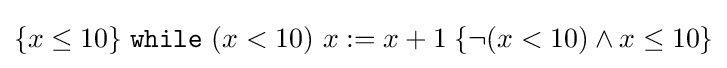
\{x\leq 10\}\;{\mathtt {while}}\ (x<10)\ x:=x+1\;\{\lnot (x<10)\land x\leq 10\}